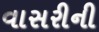
વાસરીની